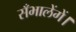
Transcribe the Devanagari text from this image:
सँभालेंगें।